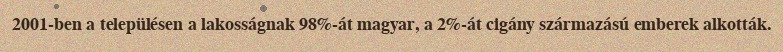
2001-ben a településen a lakosságnak 98%-át magyar, a 2%-át cigány származású emberek alkották.